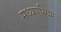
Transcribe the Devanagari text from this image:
मध्यपस्चिम